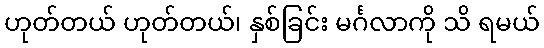
ဟုတ်တယ် ဟုတ်တယ်၊ နှစ်ခြင်း မင်္ဂလာကို သိ ရမယ်